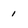
Character: 1